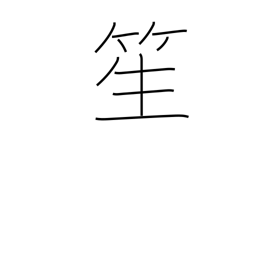
Meaning: a reed instrument